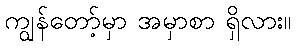
ကျွန်တော့်မှာ အမှာစာ ရှိလား။